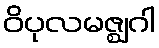
ဝိပုလမဇ္ဈဂါ